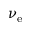
\nu _ { \mathrm { e } }